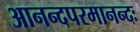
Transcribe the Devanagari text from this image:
आनन्दपरमानन्दः